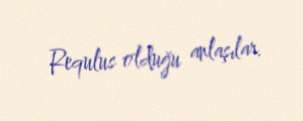
Requlus olduğu anlaşılar.